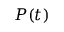
P ( t )